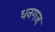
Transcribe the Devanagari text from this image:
धनगज